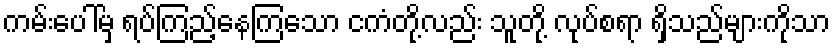
ကမ်းပေါ်မှ ရပ်ကြည့်နေကြသော ငကံတို့လည်း သူတို့ လုပ်စရာ ရှိသည်များကိုသာ